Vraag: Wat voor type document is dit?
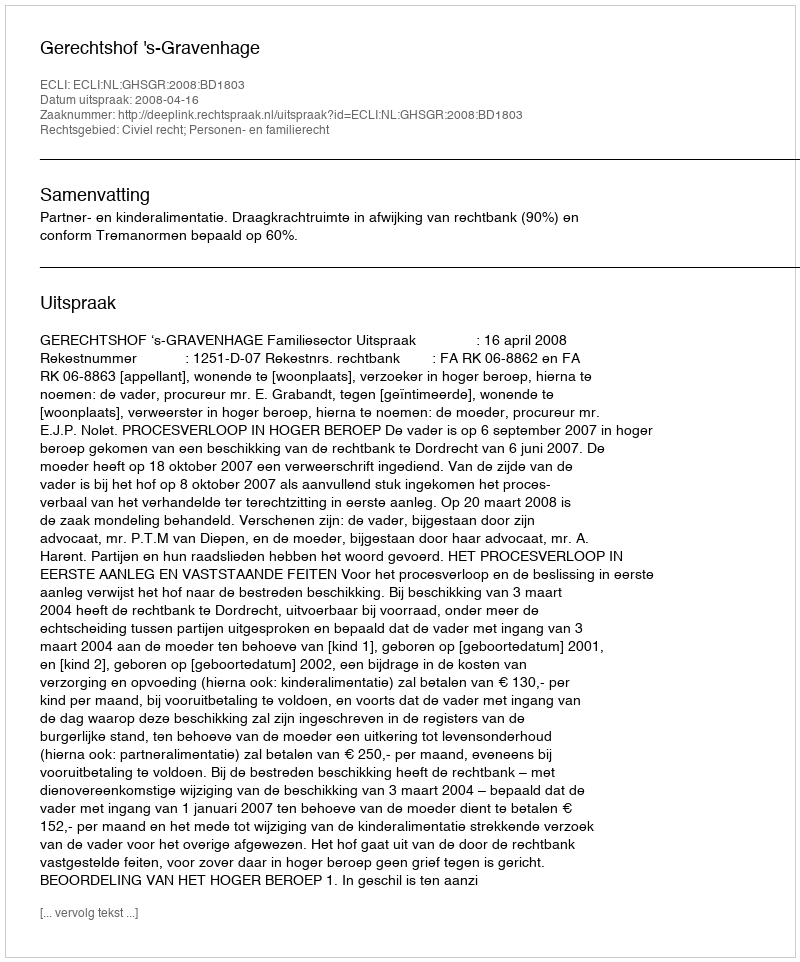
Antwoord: Uitspraak